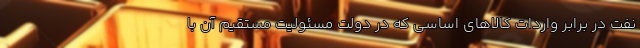
نفت در برابر واردات کالاهای اساسی که در دولت مسئولیت مستقیم آن با